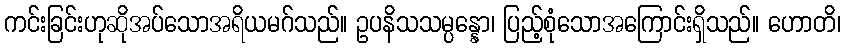
ကင်းခြင်းဟုဆိုအပ်သောအရိယမဂ်သည်။ ဥပနိသသမ္ပန္နော၊ ပြည့်စုံသောအကြောင်းရှိသည်။ ဟောတိ၊